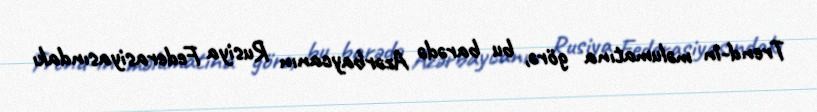
Trend-in məlumatına görə, bu barədə Azərbaycanın Rusiya Federasiyasındakı